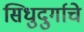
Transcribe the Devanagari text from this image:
सिधुदुर्गाचे